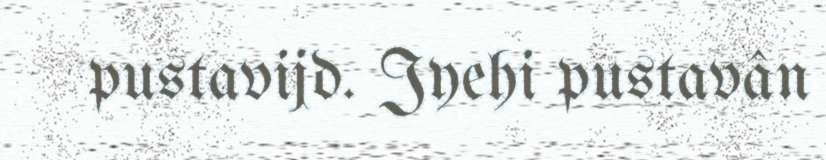
pustavijd. Jyehi pustavân